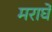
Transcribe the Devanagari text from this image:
मराघे